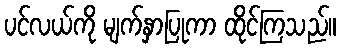
ပင်လယ်ကို မျက်နှာပြုကာ ထိုင်ကြသည်။